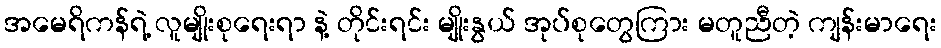
အမေရိကန်ရဲ့ လူမျိုးစုရေးရာ နဲ့ တိုင်းရင်း မျိုးနွယ် အုပ်စုတွေကြား မတူညီတဲ့ ကျန်းမာရေး